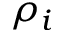
\rho _ { i }